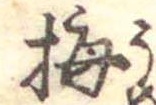
梅